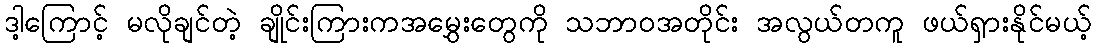
ဒါ့ကြောင့် မလိုချင်တဲ့ ချိုင်းကြားကအမွှေးတွေကို သဘာဝအတိုင်း အလွယ်တကူ ဖယ်ရှားနိုင်မယ့်